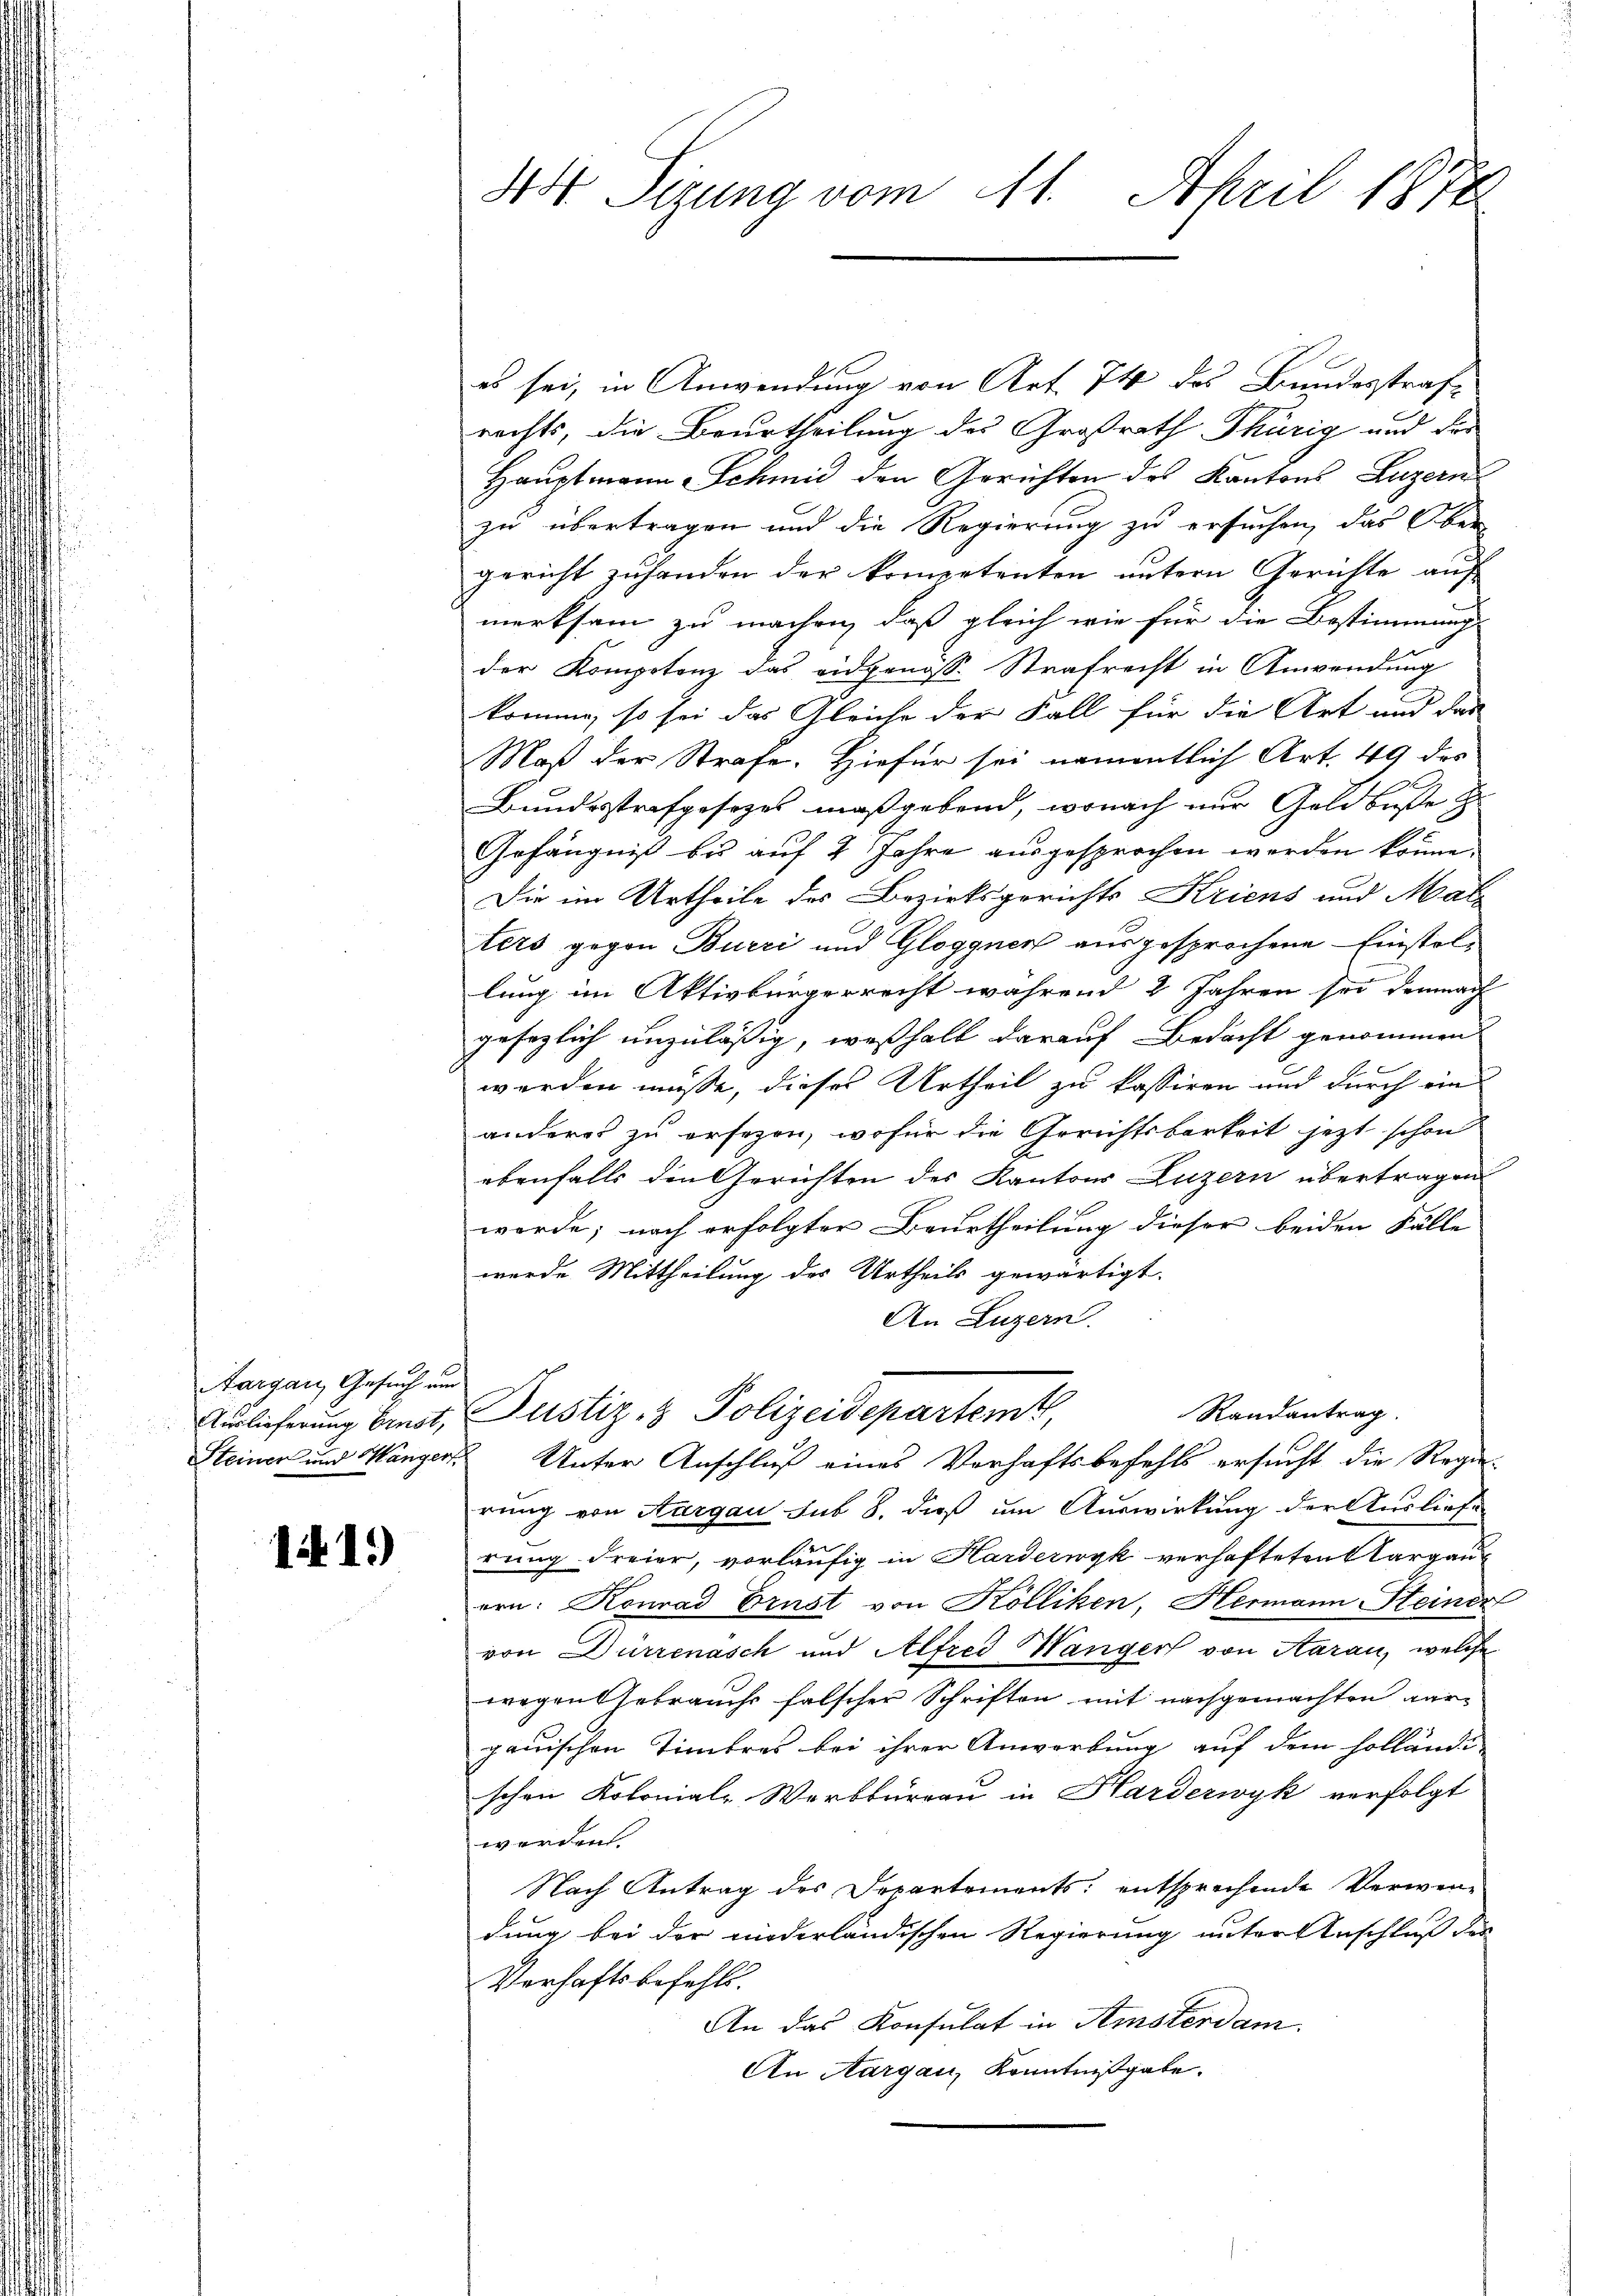
Aargau, Gesuch um

14 15)

es sei, in Anwendung von Art. 74 des Bundesstrafrechts, die Beurtheilung des Großrath Thürig und die
Hauptmann Schmid den Gerichten des Kantons Luzern
zu übertragen und die Regierung zu ersuchen, das Ober-
gericht zuhanden der kompetenten untern Gerichte auf
merksam zu machen, daß gleich wie für die Bestimmung
der Kompotenz das eidgenösse Strafrecht in Anwendung
komme, so sei das Gleiche der Fall für die Art und das
Maß der Strafe. Hiefür sei namentlich Art. 49 des
Bundesstrafgesezes maßgebend, wonach nur Goldbuße z
Gefängniß bis auf 2 Jahre ausgesprochen werden könne.
Die im Urtheile des Bezirksgerichts Kriens und Mat
ters gegen Burri und Gloggnen ausgesprochene Einstallung im Aktivbürgerrecht während 2 Jahren sei demnach
gesaglich unzulässig, weßhalb darauf Bedacht genommen
werden müsse, dieses Urtheil zu kassiren und durch ein
anderes zu ersezen, wofür die Gerichtsbarkeit jetzt schon
ebenfalls den Gerichten des Kantons Luzern übertragen
werde; nach erfolgter Beurtheilung dieser beiden Fälle
werde Mittheilung des Urtheils gewärtigt.
An Luzern.
Randantrag.
Auslieferung Ernst, Justiz- & Polizeidepartemt,
Steiner und Wanger Unter Anschluß eines Verhaftsbefehls ersucht die Regie
rung von Aargau sub 8. dieß um Auswirkung der Ausliefe
rung Freier, vorläufig in Harderwyk verhaftetentargau
ern: Konrad Brust von Kölliken, Hermann Steiner
von Dürrenasch und Alfred Wanger von Aarau, welche
wegen Gebrauch falscher Schriften mit nachgemachten gargauischen Timbres bei ihrer Anwortung auf dem Holländi-
schen Kolonial-Werkbureau in Harderwyk verfolgt
werden
Nach Antrag des Departements: entsprechende Verwendung bei der niederländischen Regierung unter Anschluß der
Verhaftsbefehls.
An das Konsulat in Amsterdam.
An Aargau, Konntnißgabe.

3 Tizung vom 11. April 1874.